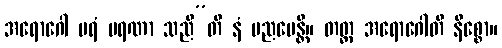
အရောဂေါ ပရံ မရဏာ သညီ”တိ နံ ပညပေန္တိ။ တတ္ထ အရောဂေါတိ နိစ္စော။